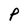
Character: P